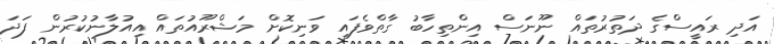
އަދި ރައީސްގެ ދަތުރުތައް ނޫނަސް އިންތިހާބު ގާތްވެފައި ވަނިކޮށް މަޝްރޫއުތައް އިއުލާނުކުރުން ފަދަ